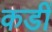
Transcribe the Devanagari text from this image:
कडीं